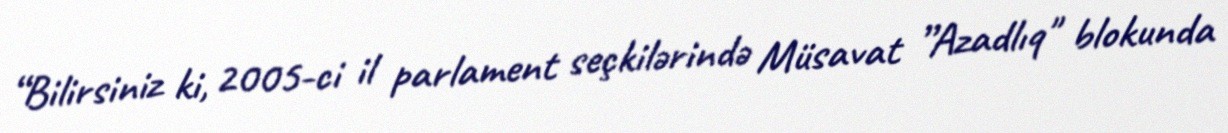
“Bilirsiniz ki, 2005-ci il parlament seçkilərində Müsavat ”Azadlıq" blokunda